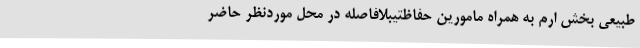
طبیعی بخش ارم به همراه مامورین حفاظتیبلافاصله در محل موردنظر حاضر